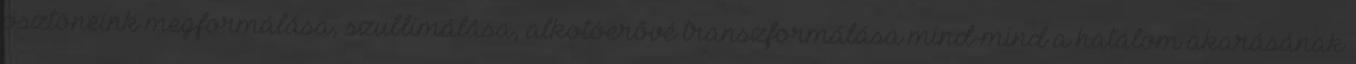
ösztöneink megformálása, szublimálása, alkotóerővé transzformálása mind-mind a hatalom akarásának